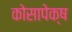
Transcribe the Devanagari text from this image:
कोसापेक्ष